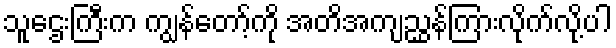
သူဌေးကြီးက ကျွန်တော့်ကို အတိအကျညွှန်ကြားလိုက်လို့ပါ